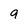
Character: 9